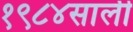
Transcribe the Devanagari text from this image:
१९८४साली